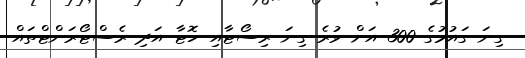
ގިނަ ގައުމުގެ 300 އަށް ވުރެ ގިނަ ރިސޯޓާއި ހޮޓާ އަދި ރެސްޓޯރަންޓްތައް